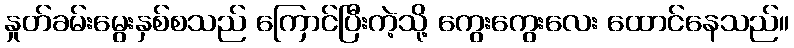
နှုတ်ခမ်းမွေးနှစ်စသည် ကြောင်ပြီးကဲ့သို့ ကွေးကွေးလေး ထောင်နေသည်။